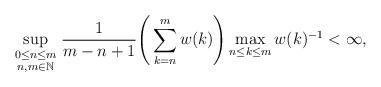
LaTeX: \begin{align*}\sup_{\begin{smallmatrix} 0\le n \le m \\ n,m\in \mathbb{N} \end{smallmatrix}} \frac{1}{m-n+1}\Bigg(\sum_{k=n}^mw(k)\Bigg)\max_{n\le k \le m}w(k)^{-1} <\infty,\end{align*}